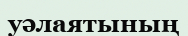
уәлаятының